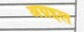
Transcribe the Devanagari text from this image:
अग्रइल